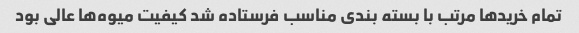
تمام خریدها مرتب با بسته بندی مناسب فرستاده شد کیفیت میوه‌ها عالی بود